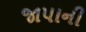
જાપાની